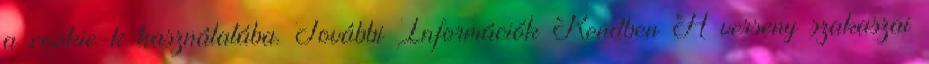
a cookie-k használatába. További Információk Rendben A verseny szakaszai